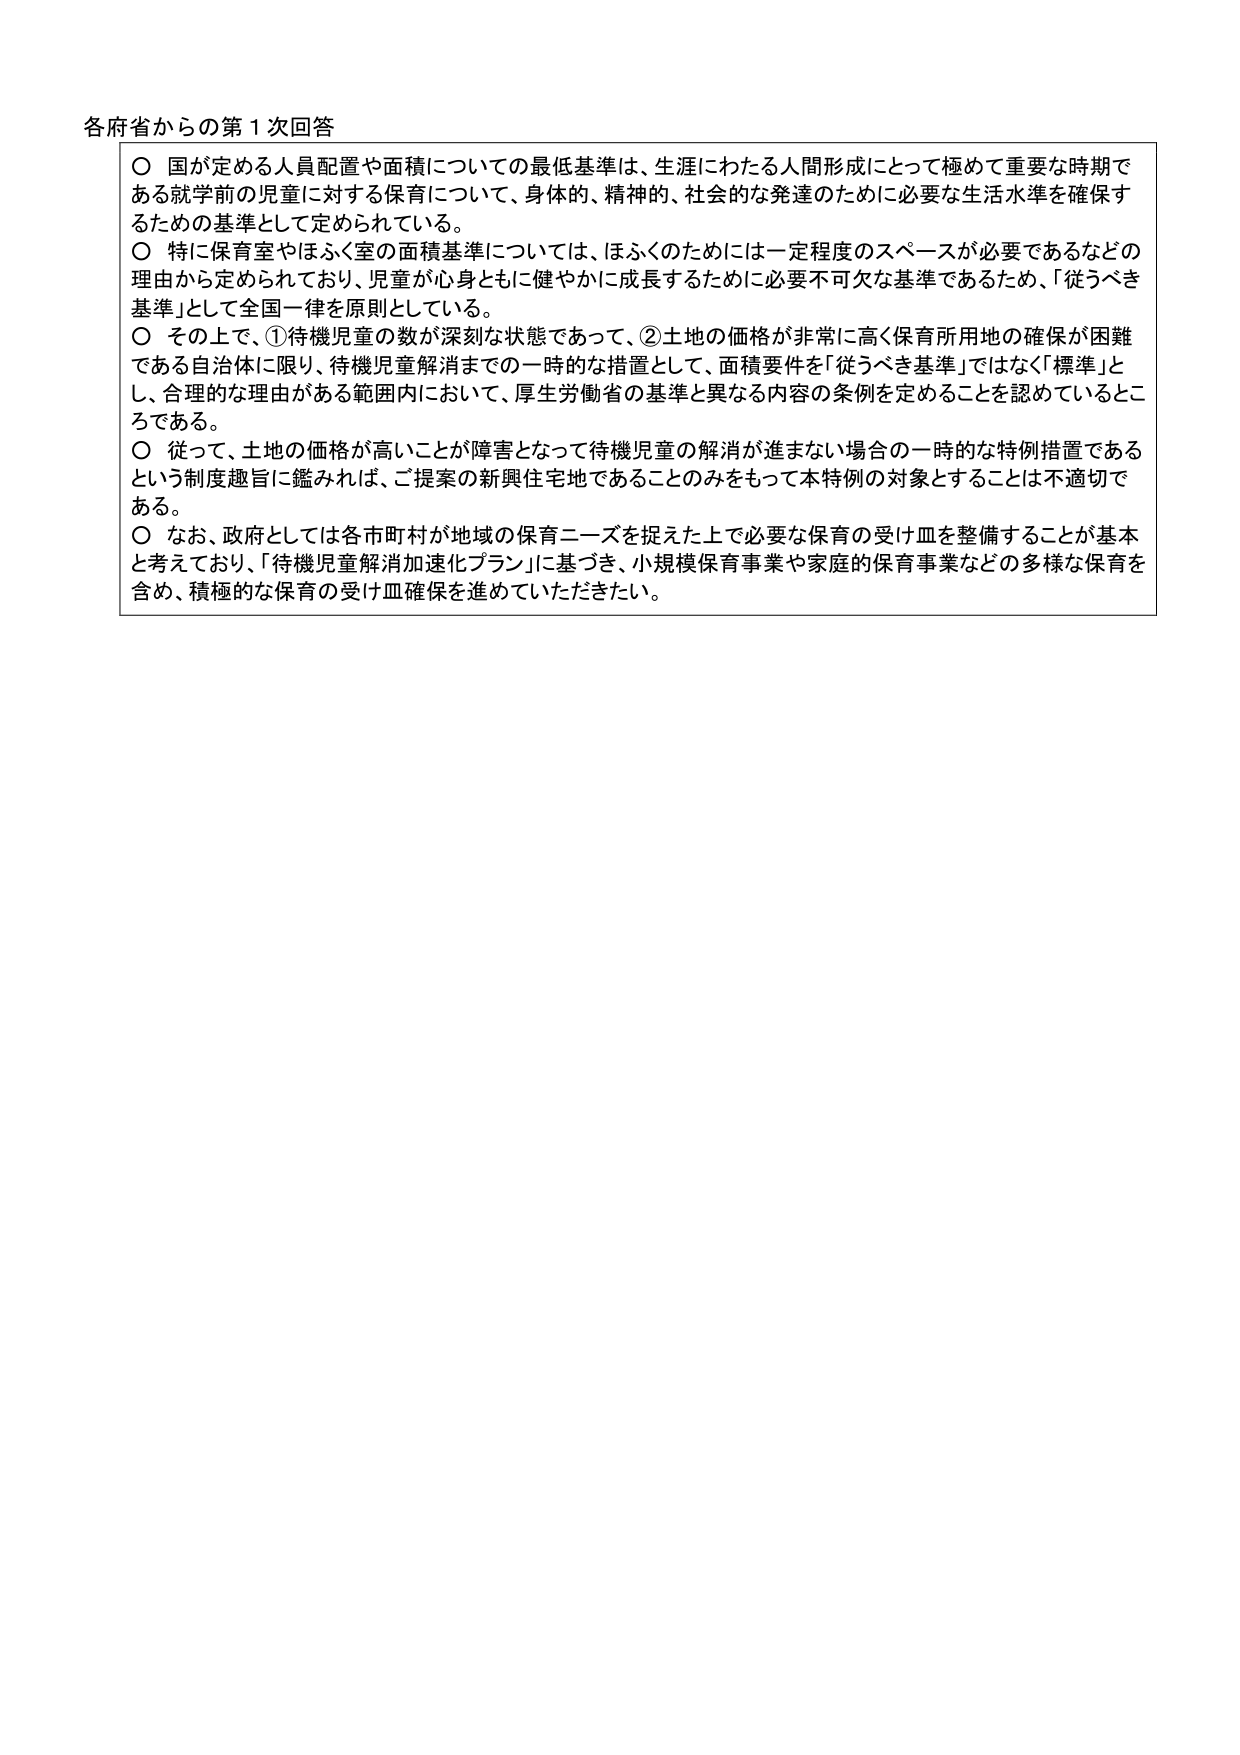
各府省からの第１次回答

○ 国が定める人員配置や面積についての最低基準は、生涯にわたる人間形成にとって極めて重要な時期である就学前の児童に対する保育について、身体的、精神的、社会的な発達のために必要な生活水準を確保するための基準として定められている。

○ 特に保育室やほふく室の面積基準については、ほふくのためには一定程度のスペースが必要であるなどの理由から定められており、児童が心身ともに健やかに成長するために必要不可欠な基準であるため、「従うべき基準」として全国一律を原則としている。

○ その上で、①待機児童の数が深刻な状態であって、②土地の価格が非常に高く保育所用地の確保が困難である自治体に限り、待機児童解消までの一時的な措置として、面積要件を「従うべき基準」ではなく「標準」とし、合理的な理由がある範囲内において、厚生労働省の基準と異なる内容の条例を定めることを認めているところである。

○ 従って、土地の価格が高いことが障害となって待機児童の解消が進まない場合の一時的な特例措置であるという制度趣旨に鑑みれば、ご提案の新興住宅地であることのみをもって本特例の対象とすることは不適切である。

○ なお、政府としては各市町村が地域の保育ニーズを捉えた上で必要な保育の受け皿を整備することが基本と考えており、「待機児童解消加速化プラン」に基づき、小規模保育事業や家庭的保育事業などの多様な保育を含め、積極的な保育の受け皿確保を進めていただきたい。